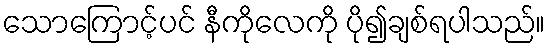
သောကြောင့်ပင် နီကိုလေကို ပို၍ချစ်ရပါသည်။